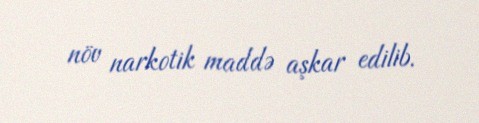
növ narkotik maddə aşkar edilib.